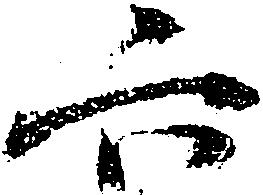
六